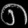
Digit: ၈